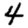
Digit: 4